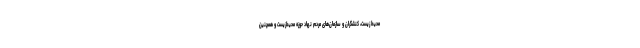
محیط زیست، کنشگران و سازمان‌های مردم نهاد حوزه محیط‌زیست و همچنین